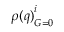
{ \rho ( q ) } _ { G = 0 } ^ { i }